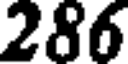
286